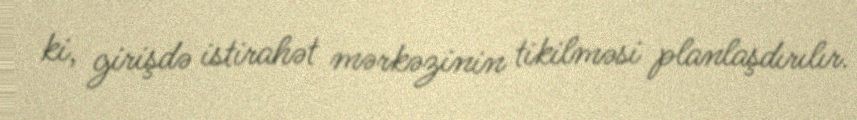
ki, girişdə istirahət mərkəzinin tikilməsi planlaşdırılır.